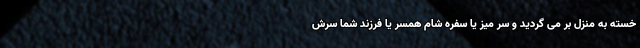
خسته به منزل بر می گردید و سر میز یا سفره شام همسر یا فرزند شما سرش